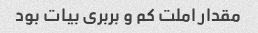
مقدار املت کم و بربری بیات بود